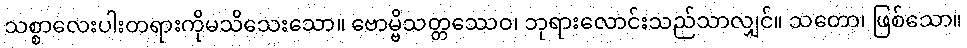
သစ္စာလေးပါးတရားကိုမသိသေးသော။ ဗောမ္ဗိသတ္တဿေဝ၊ ဘုရားလောင်းသည်သာလျှင်။ သတော၊ ဖြစ်သော။